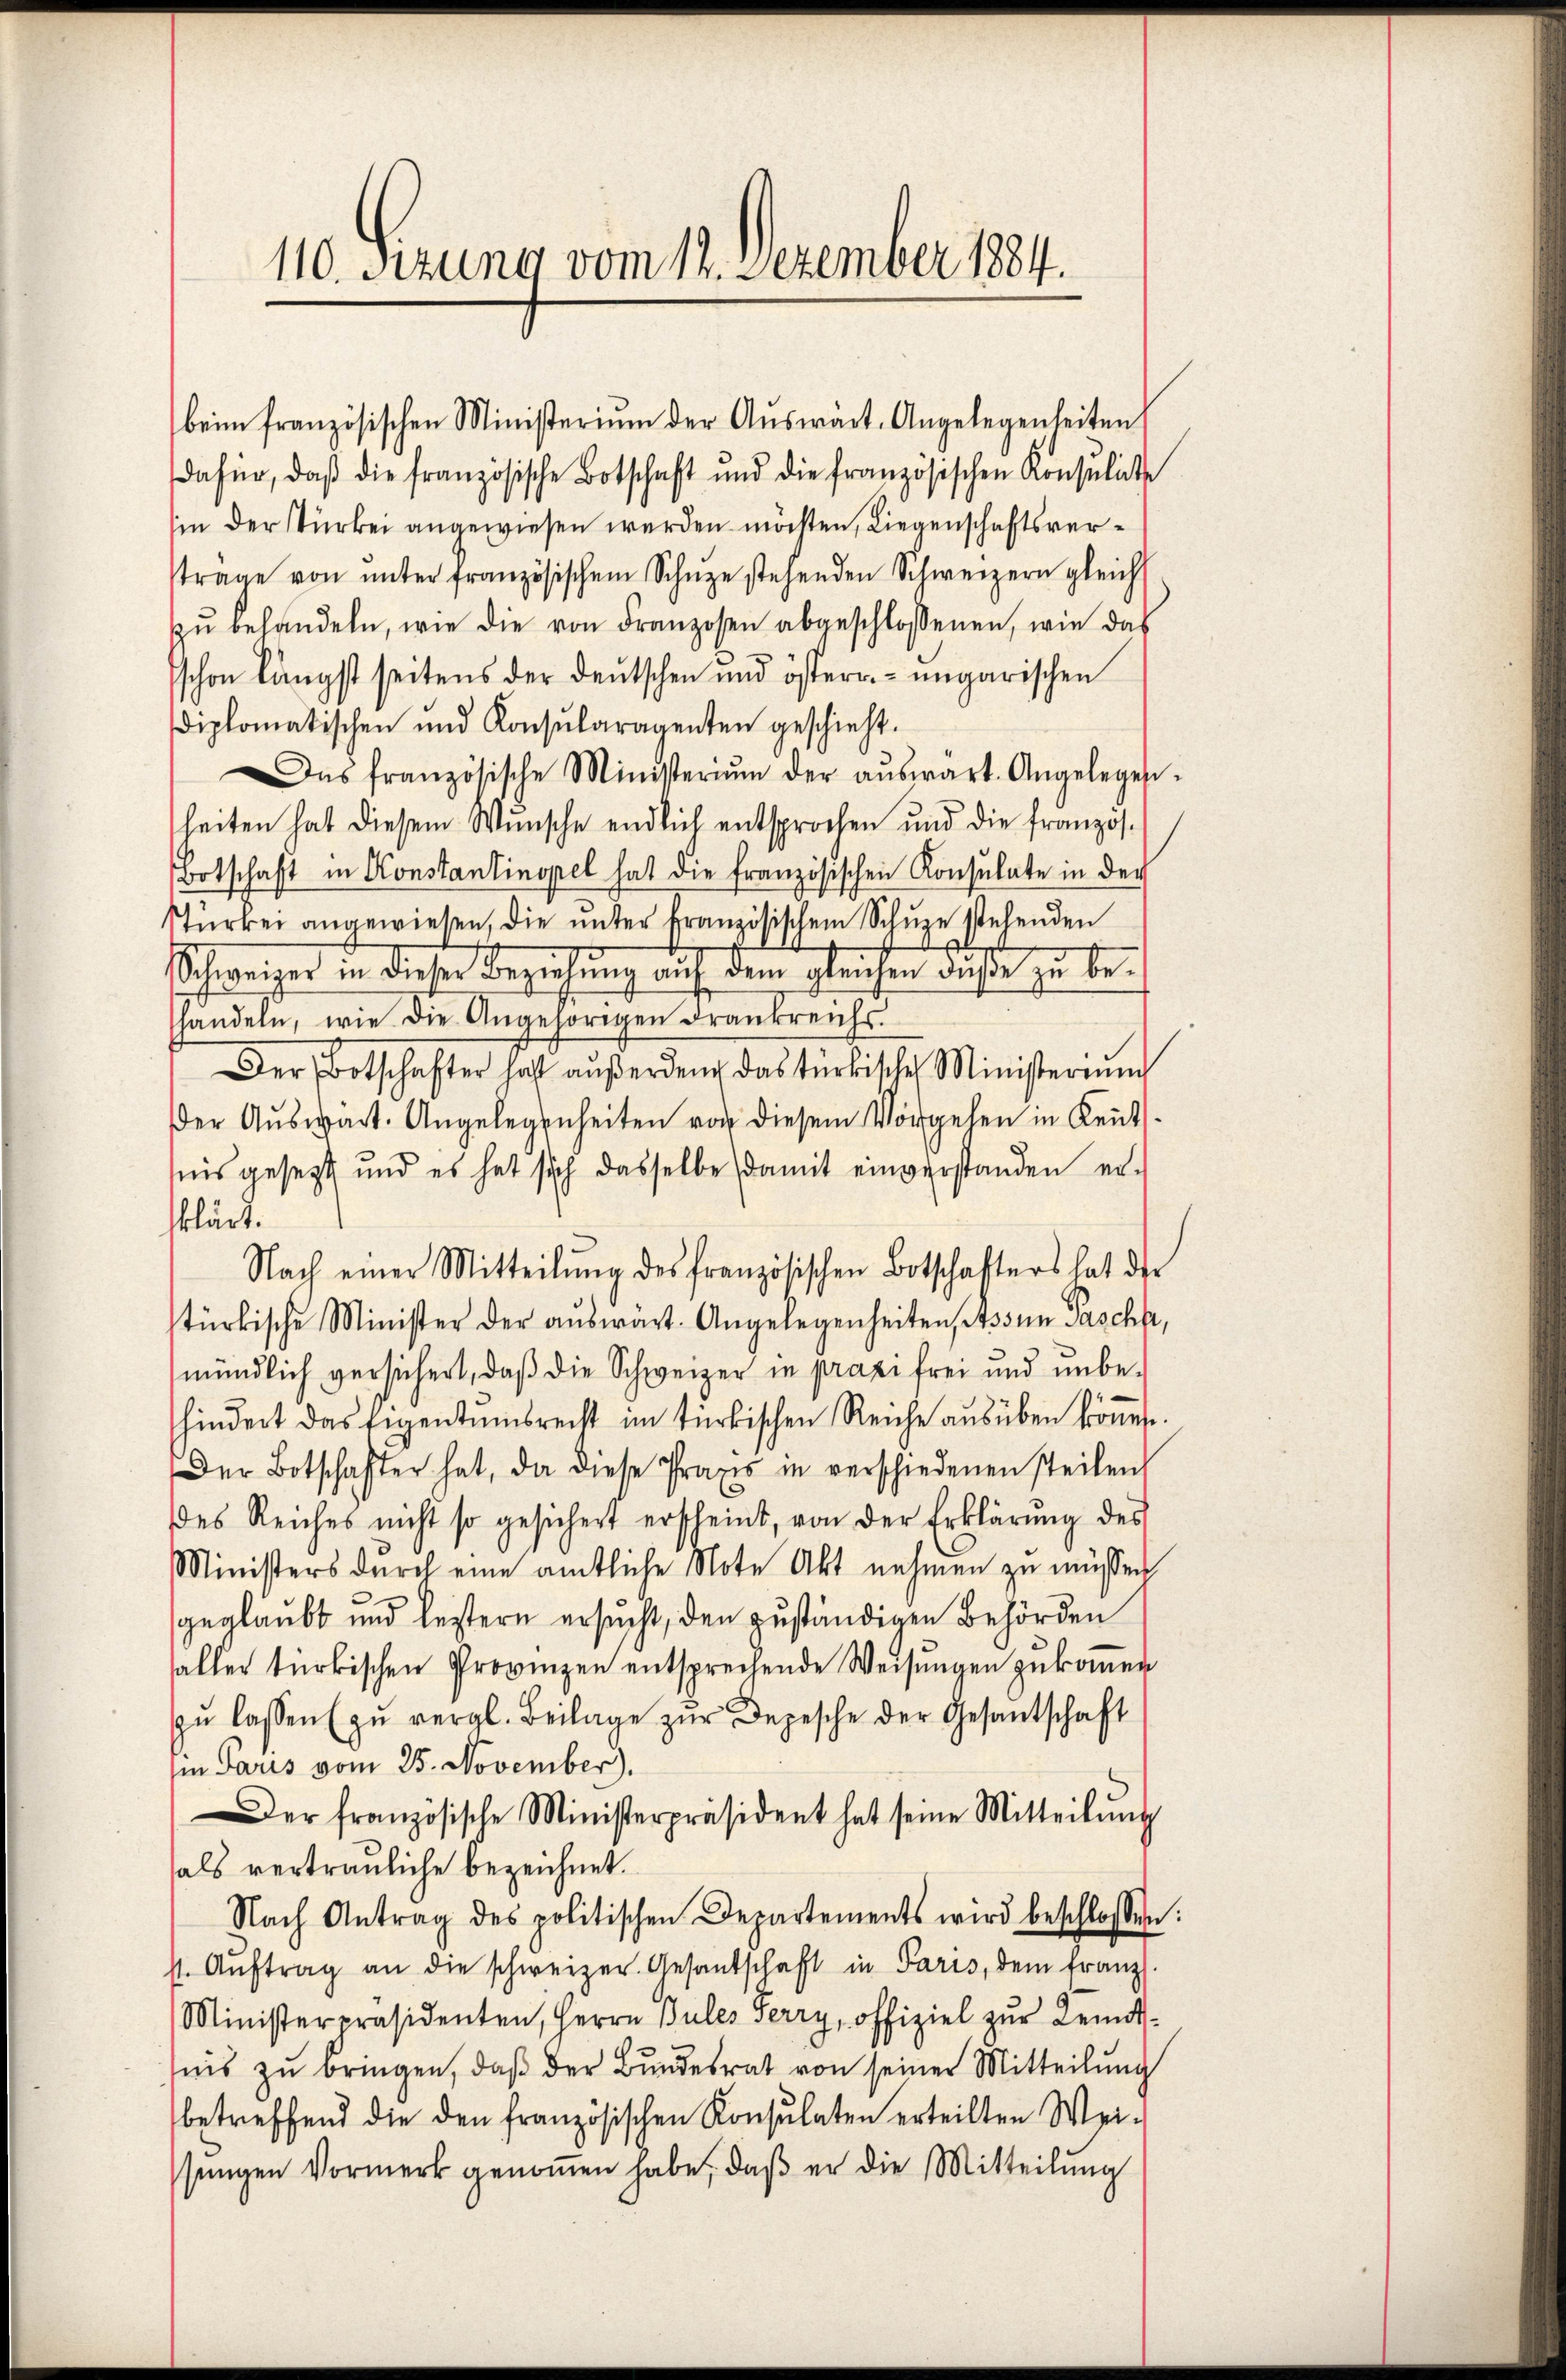
110. Ferung vom 12. Dezember 1884.

beim französischen Ministerium der Aŭswärt. Angelegenheiten
dafür, daβ die französische Botschaft und die französischen Konsulate
sin der stürkei angewiesen werden möchten, Liegenschaftsverstrage von ŭnter französischen Schŭze stehenden Schweizern gleich
zŭ behandeln, wie die von Franzosen abgeschlossenen, wie das
schon längst seitens der deutschen und österr.-ungarischen
diplomatischen und Konsŭlaragenten geschieht.
as französische Ministerium der aŭswart. Angelegen-
heiten hat diesem Wunsche endlich entsprochen und die französ.
Botschaft in Konstantinopel hat die französischen Konsulate in der
Stürkei angewiesen, die ŭnter französischen Schŭze stehenden
¬
Schweizer in dieser Beziehung auf dem gleichen diese zu behandeln, wie die Angehörigen Frankreichs.
Der Botschafter hast aŭβerden das türkische Ministerŭn
Der Auswärt. Angelegenheiten vor diesem Vorgehen in Reutnis gesezt, und es hat sich dasselbe damit einverstanden erklärt.
Nach einer Mitteilŭng des französischen Botschafters hat der
stürkische Minister der aŭswart. Angelegenheiten, Tessin Pascht,
mündlich versichert, daß die Schweizer in praxi frei und unbehindert das Eigentumsrecht im türkischen Reiche aŭsüben können.
Der Botschafter hat, da diese Praxis in verschiedenen steilen
des Reiches nicht so gesichert erscheint, von der Erklärŭng des
Ministers durch eine amtliche Note Akt nehmen zu müssen
geglaubt und leistern ersucht, den zuständigen Behörden
alles türkischen Provinzen entsprechende Weisungen zukommen
zŭ lassen (zŭ vergl. Beilage zur Depesche der Gesantschaft
in Paris vom 25. November).
Der französische Ministerpräsident hat seine Mitteilŭng
als vertrauliche bezeichnet.
Nach Antrag des politischen Departements wird beschlossen:
st. Aŭftrag an die schweizer. Gesandschaft in Paris, dem franz.
Ministerpräsidenten, Herrn Pules Ferry, offiziel zur Remissis zu bringen, daß der Bundesrat von seiner Mitteilung
betreffend die den französischen Konsulaten erteilten Wei-
sungen Vormerk genoṁen habe, daß er die Mitteilung